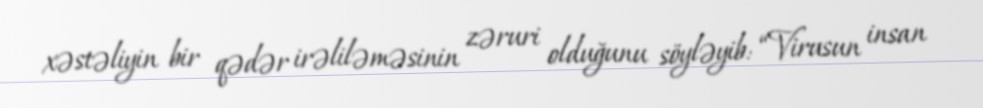
xəstəliyin bir qədər irəliləməsinin zəruri olduğunu söyləyib: “Virusun insan